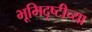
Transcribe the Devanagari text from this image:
भूमिदृष्टीच्या